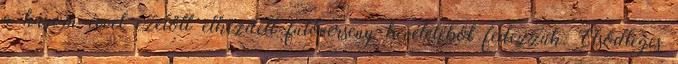
a három évvel ezelőtt elkezdett futóverseny bevételéből fedezzük. Elsődleges